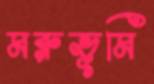
মরুভূমি